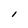
Character: l